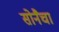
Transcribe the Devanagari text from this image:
सोनैचा